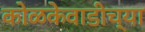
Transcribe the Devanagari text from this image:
कोळकेवाडीच्या